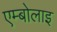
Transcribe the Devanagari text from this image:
एम्बोलाइ